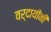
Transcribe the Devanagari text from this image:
वर्दायीनी